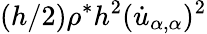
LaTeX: (h/2)\rho^{*}h^{2}(\dot{u}_{\alpha,\alpha})^{2}